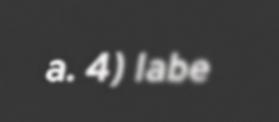
a. 4) labe